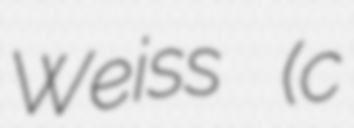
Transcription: Weiss (c